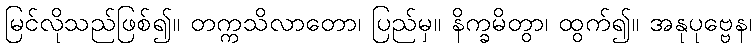
မြင်လိုသည်ဖြစ်၍။ တက္ကသိလာတော၊ ပြည်မှ။ နိက္ခမိတွာ၊ ထွက်၍။ အနုပုဗ္ဗေန၊